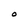
Character: O